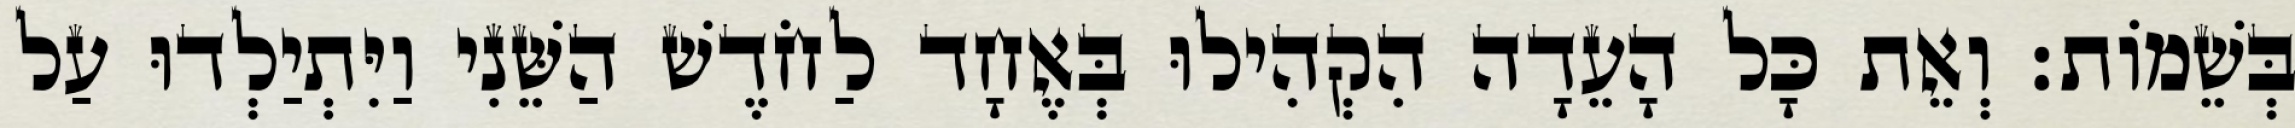
בְּשֵׁמוֹת׃ וְאֵת כָּל הָעֵדָה הִקְהִילוּ בְּאֶחָד לַחֹדֶשׁ הַשֵּׁנִי וַיִּתְיַלְדוּ עַל